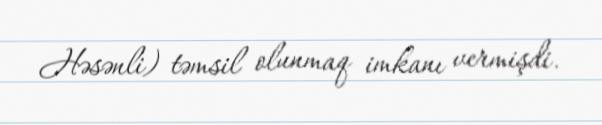
Həsənli) təmsil olunmaq imkanı vermişdi.